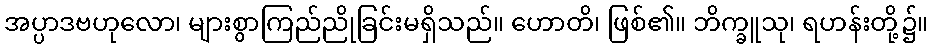
အပ္ပာဒဗဟုလော၊ များစွာကြည်ညိုခြင်းမရှိသည်။ ဟောတိ၊ ဖြစ်၏။ ဘိက္ခူသု၊ ရဟန်းတို့၌။